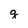
Character: q